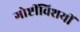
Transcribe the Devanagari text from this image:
गोष्टींविशयीं